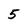
Character: 5